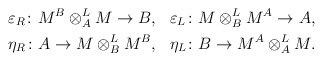
\begin{align*} \begin{aligned}&\varepsilon_R\colon M^B \otimes_A^L M \to B,& &\varepsilon_L \colon M\otimes_B^L M^A \to A,& \\&\eta_R\colon A \to M \otimes_B^LM^B,& &\eta_L \colon B \to M^A\otimes_A^L M.&\end{aligned}\end{align*}